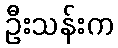
ဦးသန်းက